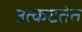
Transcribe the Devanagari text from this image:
उत्कटतेत